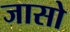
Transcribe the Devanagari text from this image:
जासो